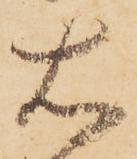
右